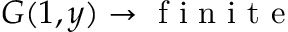
G ( 1 , y ) \rightarrow \mathrm { ~ f ~ i ~ n ~ i ~ t ~ e ~ }